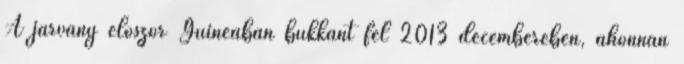
A járvány először Guineában bukkant fel 2013 decemberében, ahonnan